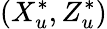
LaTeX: (X_{u}^{*},Z_{u}^{*})